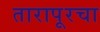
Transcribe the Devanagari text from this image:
तारापूरचा